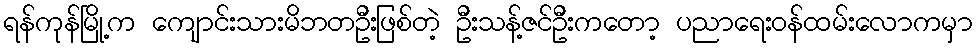
ရန်ကုန်မြို့က ကျောင်းသားမိဘတဦးဖြစ်တဲ့ ဦးသန့်ဇင်ဦးကတော့ ပညာရေးဝန်ထမ်းလောကမှာ